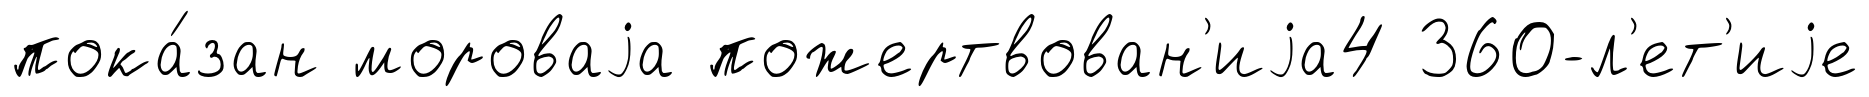
пока́зан мороваjа пожертвован'иjа4 360-л'ет'иjе